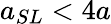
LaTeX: a_{SL}<4a